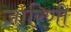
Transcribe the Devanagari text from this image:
जारिणी